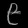
Digit: ၉